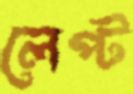
লেপ্ট